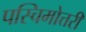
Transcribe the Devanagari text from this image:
पस्चिमोत्तरी